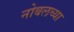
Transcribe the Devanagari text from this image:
नोबलच्या